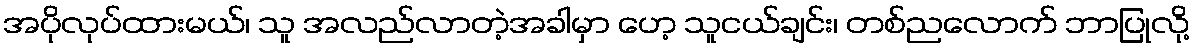
အပိုလုပ်ထားမယ်၊ သူ အလည်လာတဲ့အခါမှာ ဟေ့ သူငယ်ချင်း၊ တစ်ညလောက် ဘာပြုလို့